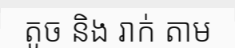
តូច និង រាក់ តាម